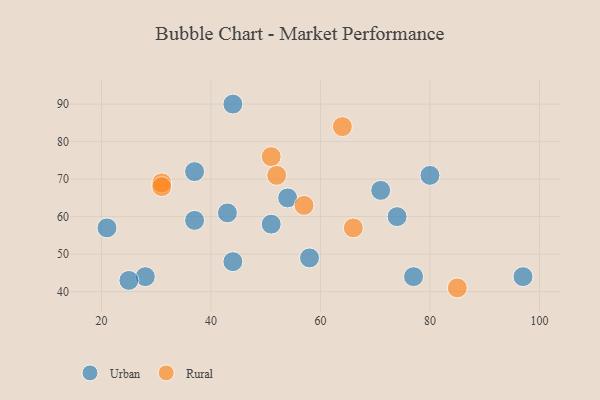
{"axis": {"x": "GDP", "y": "Life Expectancy"}, "legend": ["Rural", "Urban"], "data": [{"x": "44", "y": 48, "type": "Urban"}, {"x": "97", "y": 44, "type": "Urban"}, {"x": "44", "y": 90, "type": "Urban"}, {"x": "28", "y": 44, "type": "Urban"}, {"x": "51", "y": 58, "type": "Urban"}, {"x": "37", "y": 72, "type": "Urban"}, {"x": "58", "y": 49, "type": "Urban"}, {"x": "71", "y": 67, "type": "Urban"}, {"x": "43", "y": 61, "type": "Urban"}, {"x": "74", "y": 60, "type": "Urban"}, {"x": "37", "y": 59, "type": "Urban"}, {"x": "77", "y": 44, "type": "Urban"}, {"x": "25", "y": 43, "type": "Urban"}, {"x": "21", "y": 57, "type": "Urban"}, {"x": "54", "y": 65, "type": "Urban"}, {"x": "80", "y": 71, "type": "Urban"}, {"x": "31", "y": 69, "type": "Rural"}, {"x": "66", "y": 57, "type": "Rural"}, {"x": "31", "y": 68, "type": "Rural"}, {"x": "57", "y": 63, "type": "Rural"}, {"x": "85", "y": 41, "type": "Rural"}, {"x": "51", "y": 76, "type": "Rural"}, {"x": "64", "y": 84, "type": "Rural"}, {"x": "52", "y": 71, "type": "Rural"}]}